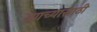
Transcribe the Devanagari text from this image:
ह्याच्यासाठी